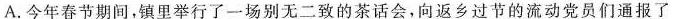
A.今年春节期间，镇里举行了一场别无二致的茶话会，向返乡过节的流动党员们通报了